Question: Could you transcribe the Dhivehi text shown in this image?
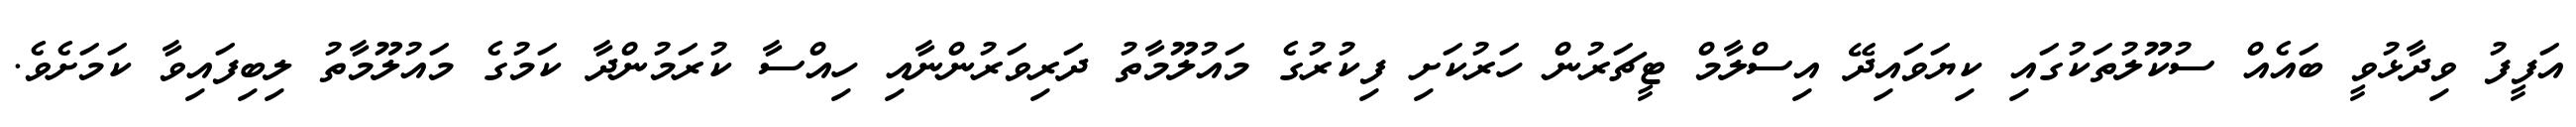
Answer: އަފީފު ވިދާޅުވީ ބައެއް ސުކޫލުތަކުގައި ކިޔަވައިދޭ އިސްލާމް ޓީޗަރުން ހަރުކަށި ފިކުރުގެ މައުލޫމާތު ދަރިވަރުންނާއި ހިއްސާ ކުރަމުންދާ ކަމުގެ މައުލޫމާތު ލިބިފައިވާ ކަމަށެވެ.